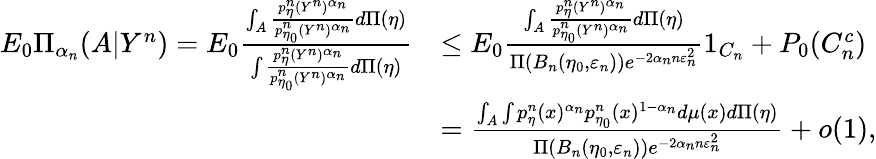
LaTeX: \begin{array}{rl}{E_{0}\Pi_{\alpha_{n}}(A|Y^{n})=E_{0}\frac{\int_{A}\frac{p_{\eta}^{n}(Y^{n})^{\alpha_{n}}}{p_{\eta_{0}}^{n}(Y^{n})^{\alpha_{n}}}d\Pi(\eta)}{\int\frac{p_{\eta}^{n}(Y^{n})^{\alpha_{n}}}{p_{\eta_{0}}^{n}(Y^{n})^{\alpha_{n}}}d\Pi(\eta)}}&{\leq E_{0}\frac{\int_{A}\frac{p_{\eta}^{n}(Y^{n})^{\alpha_{n}}}{p_{\eta_{0}}^{n}(Y^{n})^{\alpha_{n}}}d\Pi(\eta)}{\Pi(B_{n}(\eta_{0},\varepsilon_{n}))e^{-2{\alpha_{n}}n\varepsilon_{n}^{2}}}1_{C_{n}}+P_{0}(C_{n}^{c})}\\ &{=\frac{\int_{A}\int p_{\eta}^{n}(x)^{\alpha_{n}}p_{\eta_{0}}^{n}(x)^{1-\alpha_{n}}d\mu(x)d\Pi(\eta)}{\Pi(B_{n}(\eta_{0},\varepsilon_{n}))e^{-2{\alpha_{n}}n\varepsilon_{n}^{2}}}+o(1),}\end{array}